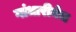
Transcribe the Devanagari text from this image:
गांधारीनेच